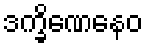
ဒက္ခိဏေနေဝ